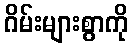
ဂိမ်းများစွာကို